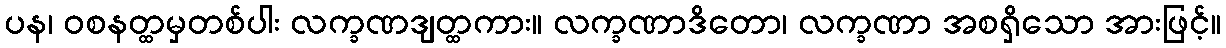
ပန၊ ဝစနတ္ထမှတစ်ပါး လက္ခဏဒျတ္ထကား။ လက္ခဏာဒိတော၊ လက္ခဏာ အစရှိသော အားဖြင့်။